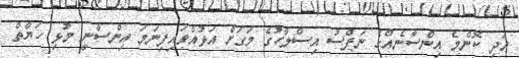
އަދި ކޮންމެ އިންސާނެއްގެ ނަފްސު އިސްލާހުގެ މަގަށް އަޅުއްވައިފިނަމަ އިންސާނީ މުޅި ހަޔާތް